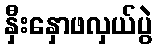
နှီးနှောဖလှယ်ပွဲ